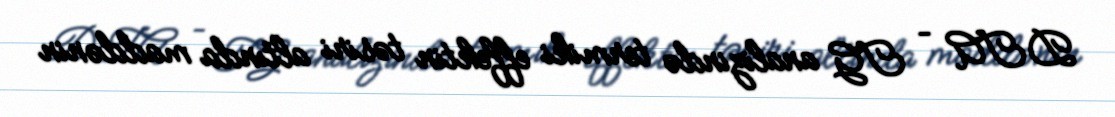
DTA – TG analizində termiki effektin təsiri altında maddənin